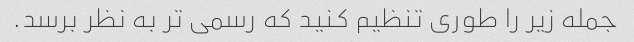
جمله زیر را طوری تنظیم کنید که رسمی تر به نظر برسد.